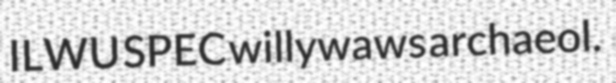
ILWU SPEC willywaws archaeol.